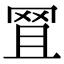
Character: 𦊩